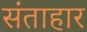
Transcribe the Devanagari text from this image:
संताहार